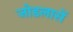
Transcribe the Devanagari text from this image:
जोडलासें